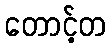
တောင့်တ